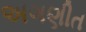
અગણીત